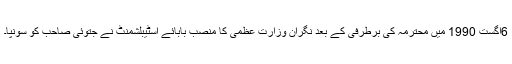
6اگست 1990 میں محترمہ کی برطرفی کے بعد نگران وزارتِ عظمیٰ کا منصب بابائے اسٹیبلشمنٹ نے جتوئی صاحب کو سونپا۔